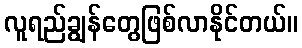
လူရည်ချွန်တွေဖြစ်လာနိုင်တယ်။